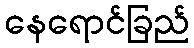
နေရောင်ခြည်